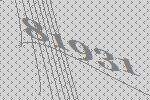
81931